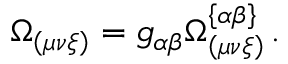
\Omega _ { \left( \mu \nu \xi \right) } = g _ { \alpha \beta } \Omega _ { \left( \mu \nu \xi \right) } ^ { \left\{ \alpha \beta \right\} } \, .